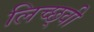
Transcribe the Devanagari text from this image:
लिच्छ्वी